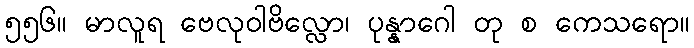
၅၅၆။ မာလူရ ဗေလုဝါဗိလ္လော၊ ပုန္နာဂေါ တု စ ကေသရော။